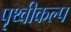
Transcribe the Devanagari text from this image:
पृथ्वीकल्प